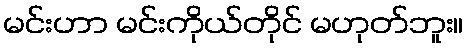
မင်းဟာ မင်းကိုယ်တိုင် မဟုတ်ဘူး။